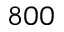
8 0 0